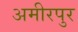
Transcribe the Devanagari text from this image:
अमीरपुर